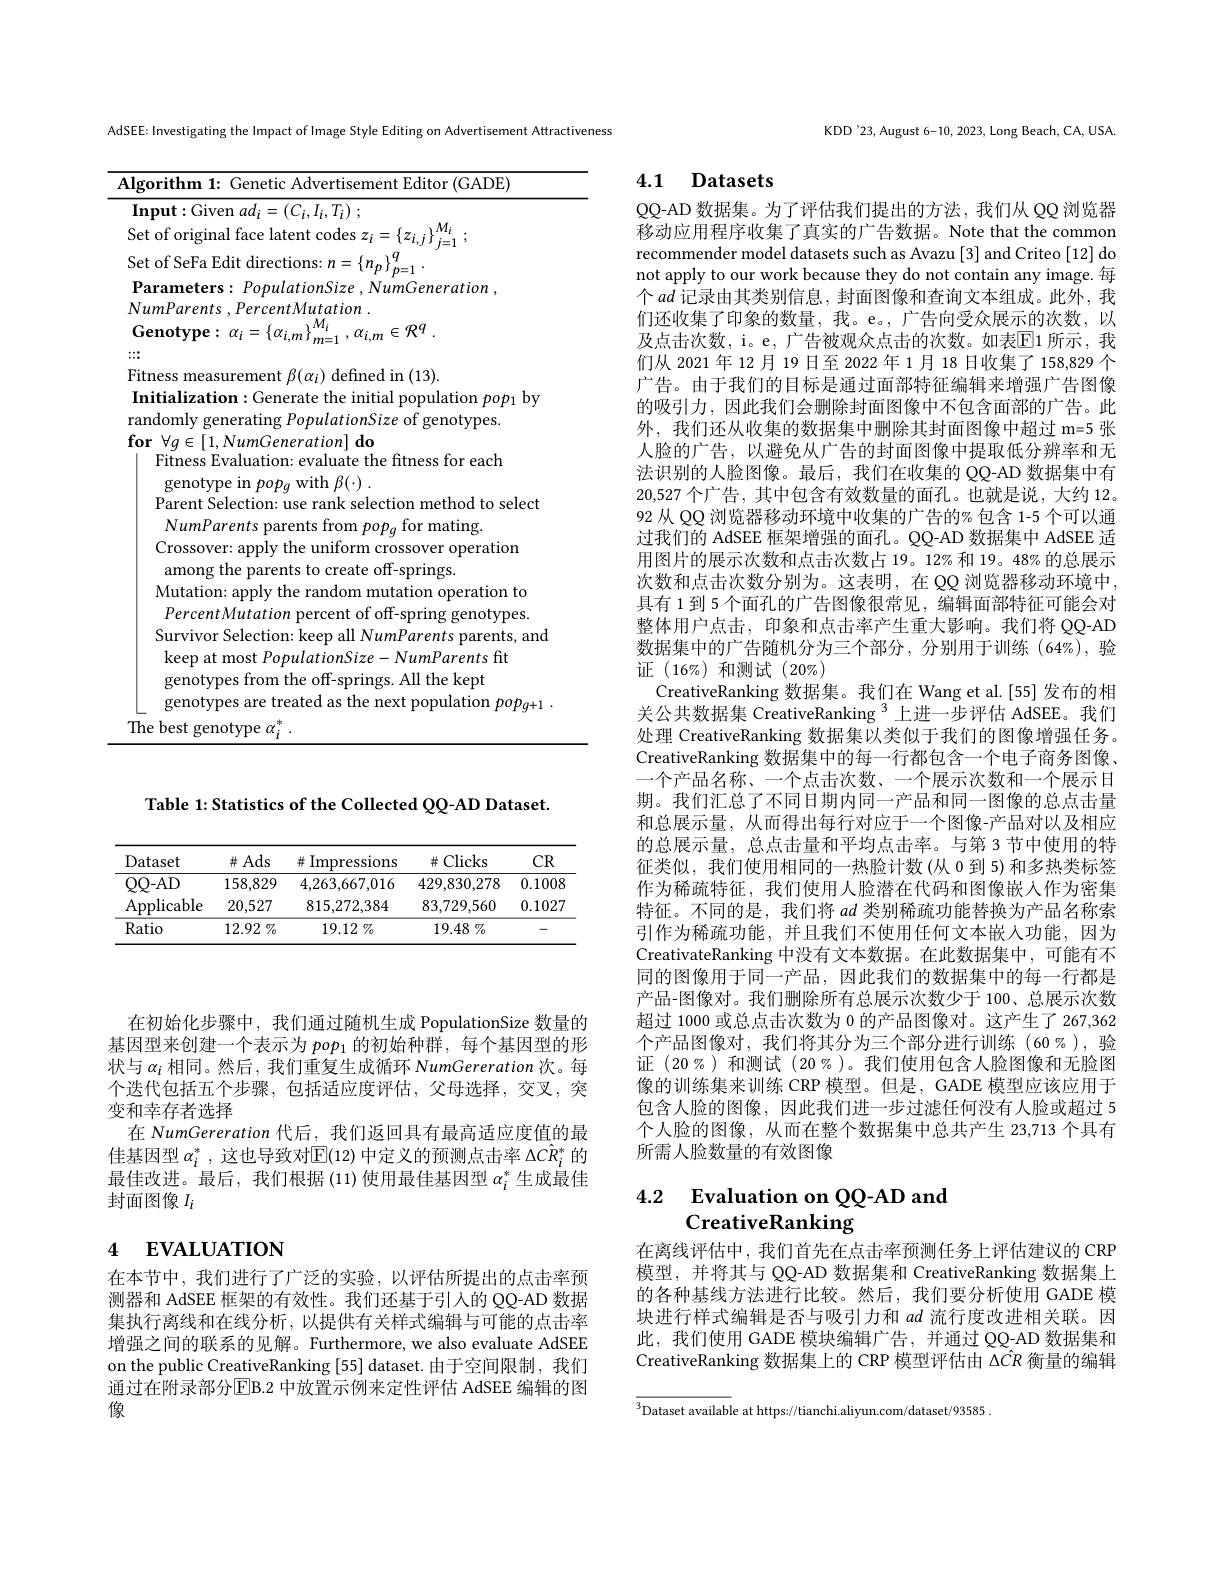
在初始化步骤中，我们通过随机生成 PopulationSize 数量的基因型来创建一个表示为$pop_1$的初始种群，每个基因型的形状与$\alpha_i$相同。然后，我们重复生成循环 NumGereration 次。每个迭代包括五个步骤，包括适应度评估，父母选择，交叉，突变和幸存者选择
在 NumGereration 代后，我们返回具有最高适应度值的最佳基因型$\alpha_i^*$ ,这也导致对$\mathbb{E}(12)$中定义的预测点击率$\Delta C\hat{R}_i^*$的最佳改进。最后，我们根据 (11) 使用最佳基因型$\alpha_i^*$生成最佳封面图像$I_i$

# 4 EVALUATION

在本节中，我们进行了广泛的实验，以评估所提出的点击率预测器和 AdSEE 框架的有效性。我们还基于引人的 QQ-AD 数据集执行离线和在线分析，以提供有关样式编辑与可能的点击率增强之间的联系的见解。Furthermore, we also evaluate AdSEE on the public CreativeRanking [55] dataset. 由于空间限制，我们通过在附录部分$\boxed{\mathrm{E}}$B.2 中放置示例来定性评估 AdSEE 编辑的图像

AdSEE: Investigating the Impact of Image Style Editing on Advertisement Attractiveness

<table>
	<tbody>
		<tr>
			<td>$AI$</td>
			<td>ithm Faditon (GADE)</td>
		</tr>
		<tr>
			<td> </td>
			<td>$\mathbf{ut}:$Given $ad_i= ( C_i, I_i, T_i)$ ;</td>
		</tr>
		<tr>
			<td>$S$ 1 1</td>
			<td>f original face latent codes $z_i=\{z_{i,j}$ $_{1}M_{1}$</td>
		</tr>
		<tr>
			<td>$F$</td>
			<td>fefinedin(13)</td>
		</tr>
		<tr>
			<td> </td>
			<td>ialization:Generate the initial population $pop_1$ by</td>
		</tr>
		<tr>
			<td> </td>
			<td>itness Evaluation: evaluate the fitness for each genotype in $pop_{q}$with $\beta ( \cdot )$ .</td>
		</tr>
		<tr>
			<td> </td>
			<td>to select arenr</td>
		</tr>
		<tr>
			<td> </td>
			<td>matung</td>
		</tr>
		<tr>
			<td> </td>
			<td>rossover: apply the uniform crossover operation among the parents to create off-springs.</td>
		</tr>
		<tr>
			<td> </td>
			<td>amo</td>
		</tr>
		<tr>
			<td> </td>
			<td>penon ulation</td>
		</tr>
		<tr>
			<td> 1 </td>
			<td>米</td>
		</tr>
	</tbody>
</table>

Table 1: Statistics of the Collected QQ-AD Dataset.

<table>
	<tbody>
		<tr>
			<th>Dataset</th>
			<th>$\#Ads$</th>
			<th>Impressions 井</th>
			<th>Clicks 井(</th>
			<th>$CR$</th>
		</tr>
		<tr>
			<td>$QQ-AD$</td>
			<td>158,829</td>
			<td>4,263,667,016</td>
			<td>429,830,278</td>
			<td>0.1008</td>
		</tr>
		<tr>
			<td>Applicable</td>
			<td>20,527</td>
			<td>815,272,384</td>
			<td>83,729,560</td>
			<td>0.1027</td>
		</tr>
		<tr>
			<td>Ratio</td>
			<td>12.92 $\%$</td>
			<td>19.12 $\%$</td>
			<td>$19.48\%$</td>
			<td>-</td>
		</tr>
	</tbody>
</table>

KDD'23, August 6-10, 2023, Long Beach, CA, USA

# 4.1 Datasets

QQ-AD 数据集。为了评估我们提出的方法，我们从 QQ 浏览器移动应用程序收集了真实的广告数据。Note that the common recommender model datasets such as Avazu [3] and Criteo [12] do not apply to our work because they do not contain any image. 每个$ad$记录由其类别信息，封面图像和查询文本组成。此外，我们还收集了印象的数量，我。e。,广告向受众展示的次数，以及点击次数，i。e, 广告被观众点击的次数。如表$\mathbb{E}$1 所示，我们从 2021 年 12 月 19 日至 2022 年 1月 18 日收集了 158,829 个广告。由于我们的目标是通过面部特征编辑来增强广告图像的吸引力，因此我们会删除封面图像中不包含面部的广告。此外，我们还从收集的数据集中删除其封面图像中超过 m=5 张人脸的广告，以避免从广告的封面图像中提取低分辨率和无法识别的人脸图像。最后，我们在收集的 QQ-AD 数据集中有20,527 个广告，其中包含有效数量的面孔。也就是说，大约 12。92 从 QQ 浏览器移动环境中收集的广告的% 包含 1-5 个可以通过我们的 AdSEE 框架增强的面孔。QQ-AD 数据集中 AdSEE 适用图片的展示次数和点击次数占 19。12% 和 19。48% 的总展示次数和点击次数分别为。这表明，在 QQ 浏览器移动环境中具有 1 到 5 个面孔的广告图像很常见，编辑面部特征可能会对整体用户点击，印象和点击率产生重大影响。我们将 QQ-AD 数据集中的广告随机分为三个部分，分别用于训练(64%),验证(16%)和测试(20%)
CreativeRanking 数据集。我们在 Wang et al.[55] 发布的相关公共数据集 CreativeRanking $^{3}$上进一步评估 AdSEE。我们处理 CreativeRanking 数据集以类似于我们的图像增强任务。CreativeRanking 数据集中的每一行都包含一个电子商务图像。一个产品名称、一个点击次数、一个展示次数和一个展示日期。我们汇总了不同日期内同一产品和同一图像的总点击量和总展示量，从而得出每行对应于一个图像-产品对以及相应的总展示量，总点击量和平均点击率。与第 3 节中使用的特征类似，我们使用相同的一热脸计数(从 0 到 5)和多热类标签作为稀疏特征，我们使用人脸潜在代码和图像嵌入作为密集特征。不同的是，我们将$ad$类别稀疏功能替换为产品名称索引作为稀疏功能，并且我们不使用任何文本嵌入功能，因为CreativateRanking 中没有文本数据。在此数据集中，可能有不同的图像用于同一产品，因此我们的数据集中的每一行都是产品-图像对。我们删除所有总展示次数少于 100、总展示次数超过 1000 或总点击次数为 0 的产品图像对。这产生了 267,362个产品图像对，我们将其分为三个部分进行训练(60%),验证(20%)和测试(20%)。我们使用包含人脸图像和无脸图像的训练集来训练 CRP 模型。但是，GADE 模型应该应用于包含人脸的图像，因此我们进一步过滤任何没有人脸或超过 5个人脸的图像，从而在整个数据集中总共产生 23,713 个具有所需人脸数量的有效图像

# 4.2 Evaluation on QQ-AD and CreativeRanking

在离线评估中，我们首先在点击率预测任务上评估建议的 CRP 模型，并将其与 QQ-AD 数据集和 CreativeRanking 数据集上的各种基线方法进行比较。然后，我们要分析使用 GADE 模块进行样式编辑是否与吸引力和$ad$流行度改进相关联。因此，我们使用 GADE 模块编辑广告，并通过 QQ-AD 数据集和CreativeRanking 数据集上的 CRP 模型评估由$\Delta\hat{CR}$衡量的编辑

$\overline{^3\text{Dataset availabl}}$e at https://tianchi.aliyun.com/dataset/93585